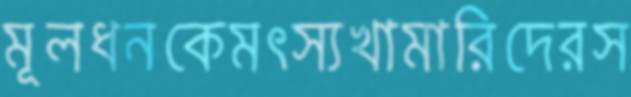
মূলধনকেমৎস্যখামারিদেরস